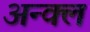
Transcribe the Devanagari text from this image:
अन्क्ल